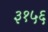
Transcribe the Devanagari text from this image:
३१५६